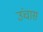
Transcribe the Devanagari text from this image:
उंचास